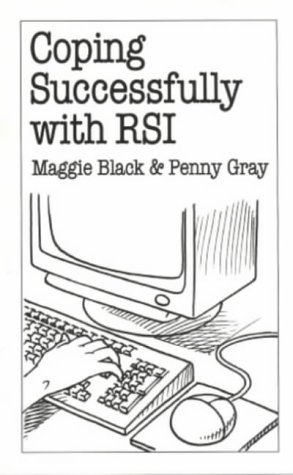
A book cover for Coping Successfully with RSI (Overcoming Common Problems); Maggie Black; Health, Fitness & Dieting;